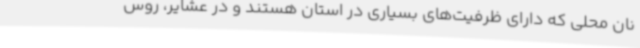
نان محلی که دارای ظرفیت‌های بسیاری در استان هستند و در عشایر، روس